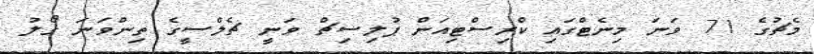
މެޗުގެ 71 ވަނަ މިނެޓްގައި ކްރިސްޓިއަން ޕުލިސިޗް ވަނީ ޗެލްސީގެ ތިންވަނަ ގޯލު